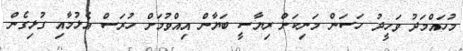
މުހައްމަދު ވަހީދު ހަސަން މަނިކަށް ރިޔާސީ ބަޔާން އިއްވުމަށް ހުރަސް އެޅުމާއި ގުޅިގެން